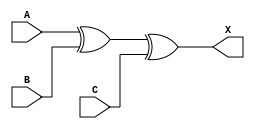
/*
 * Copyright 2020 The SkyWater PDK Authors
 *
 * Licensed under the Apache License, Version 2.0 (the "License");
 * you may not use this file except in compliance with the License.
 * You may obtain a copy of the License at
 *
 *     https://www.apache.org/licenses/LICENSE-2.0
 *
 * Unless required by applicable law or agreed to in writing, software
 * distributed under the License is distributed on an "AS IS" BASIS,
 * WITHOUT WARRANTIES OR CONDITIONS OF ANY KIND, either express or implied.
 * See the License for the specific language governing permissions and
 * limitations under the License.
 *
 * SPDX-License-Identifier: Apache-2.0
*/


`ifndef SKY130_FD_SC_LP__XOR3_FUNCTIONAL_V
`define SKY130_FD_SC_LP__XOR3_FUNCTIONAL_V

/**
 * xor3: 3-input exclusive OR.
 *
 *       X = A ^ B ^ C
 *
 * Verilog simulation functional model.
 */

`timescale 1ns / 1ps
`default_nettype none

`celldefine
module sky130_fd_sc_lp__xor3 (
    X,
    A,
    B,
    C
);

    // Module ports
    output X;
    input  A;
    input  B;
    input  C;

    // Local signals
    wire xor0_out_X;

    //  Name  Output      Other arguments
    xor xor0 (xor0_out_X, A, B, C        );
    buf buf0 (X         , xor0_out_X     );

endmodule
`endcelldefine

`default_nettype wire
`endif  // SKY130_FD_SC_LP__XOR3_FUNCTIONAL_V